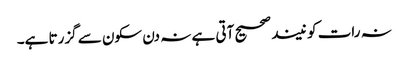
نہ رات کو نیند صحیح آتی ہے نہ دن سکون سے گزرتا ہے۔